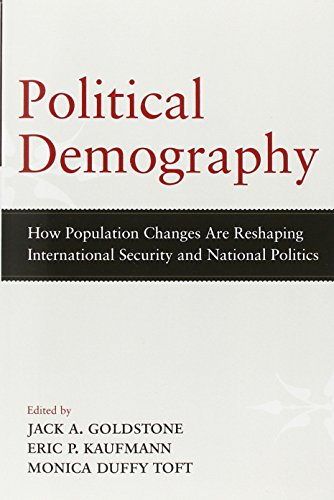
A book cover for Political Demography: How Population Changes Are Reshaping International Security and National Politics; Politics & Social Sciences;